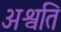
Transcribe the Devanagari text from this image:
अश्वति